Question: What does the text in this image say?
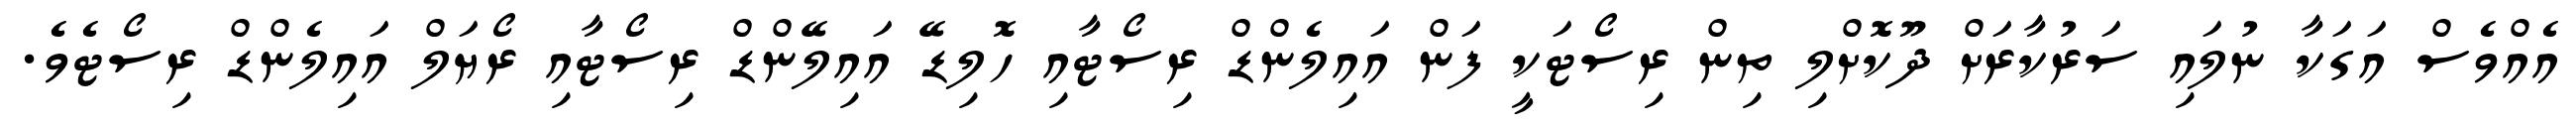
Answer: އެއްވެސް އަގަކާ ނުލައި ސަރުކާރަށް ދޫކޮށްލި ތިން ރިސޯޓަކީ ފަން އައިލެންޑް ރިސޯޓާއި ހޮލިޑޭ އައިލޭންޑް ރިސޯޓާއި ރޯޔަލް އައިލެންޑް ރިސޯޓެވެ.